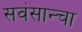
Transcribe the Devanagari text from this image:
सवंसान्चा